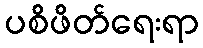
ပစိဖိတ်ရေးရာ